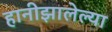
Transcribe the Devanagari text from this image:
हानीझालेल्या